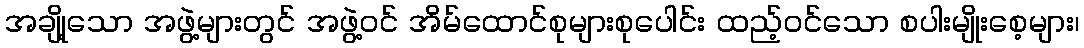
အချို့သော အဖွဲ့များတွင် အဖွဲ့ဝင် အိမ်ထောင်စုများစုပေါင်း ထည့်ဝင်သော စပါးမျိုးစေ့များ၊